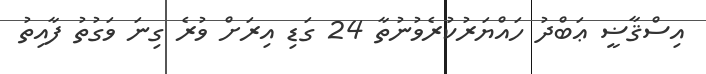
އިސްޤާޟީ ޢަބްދު ހައްޔަރުކުރެވުނުތާ 24 ގަޑި އިރަށް ވުރެ ގިނަ ވަގުތު ފާއިތު